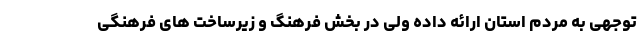
توجهی به مردم استان ارائه داده ولی در بخش فرهنگ و زیرساخت های فرهنگی